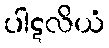
ပါဋလိယံ